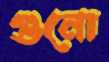
গুনো